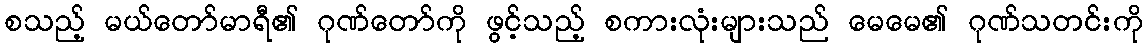
စသည့် မယ်တော်မာရီ၏ ဂုဏ်တော်ကို ဖွင့်သည့် စကားလုံးများသည် မေမေ၏ ဂုဏ်သတင်းကို